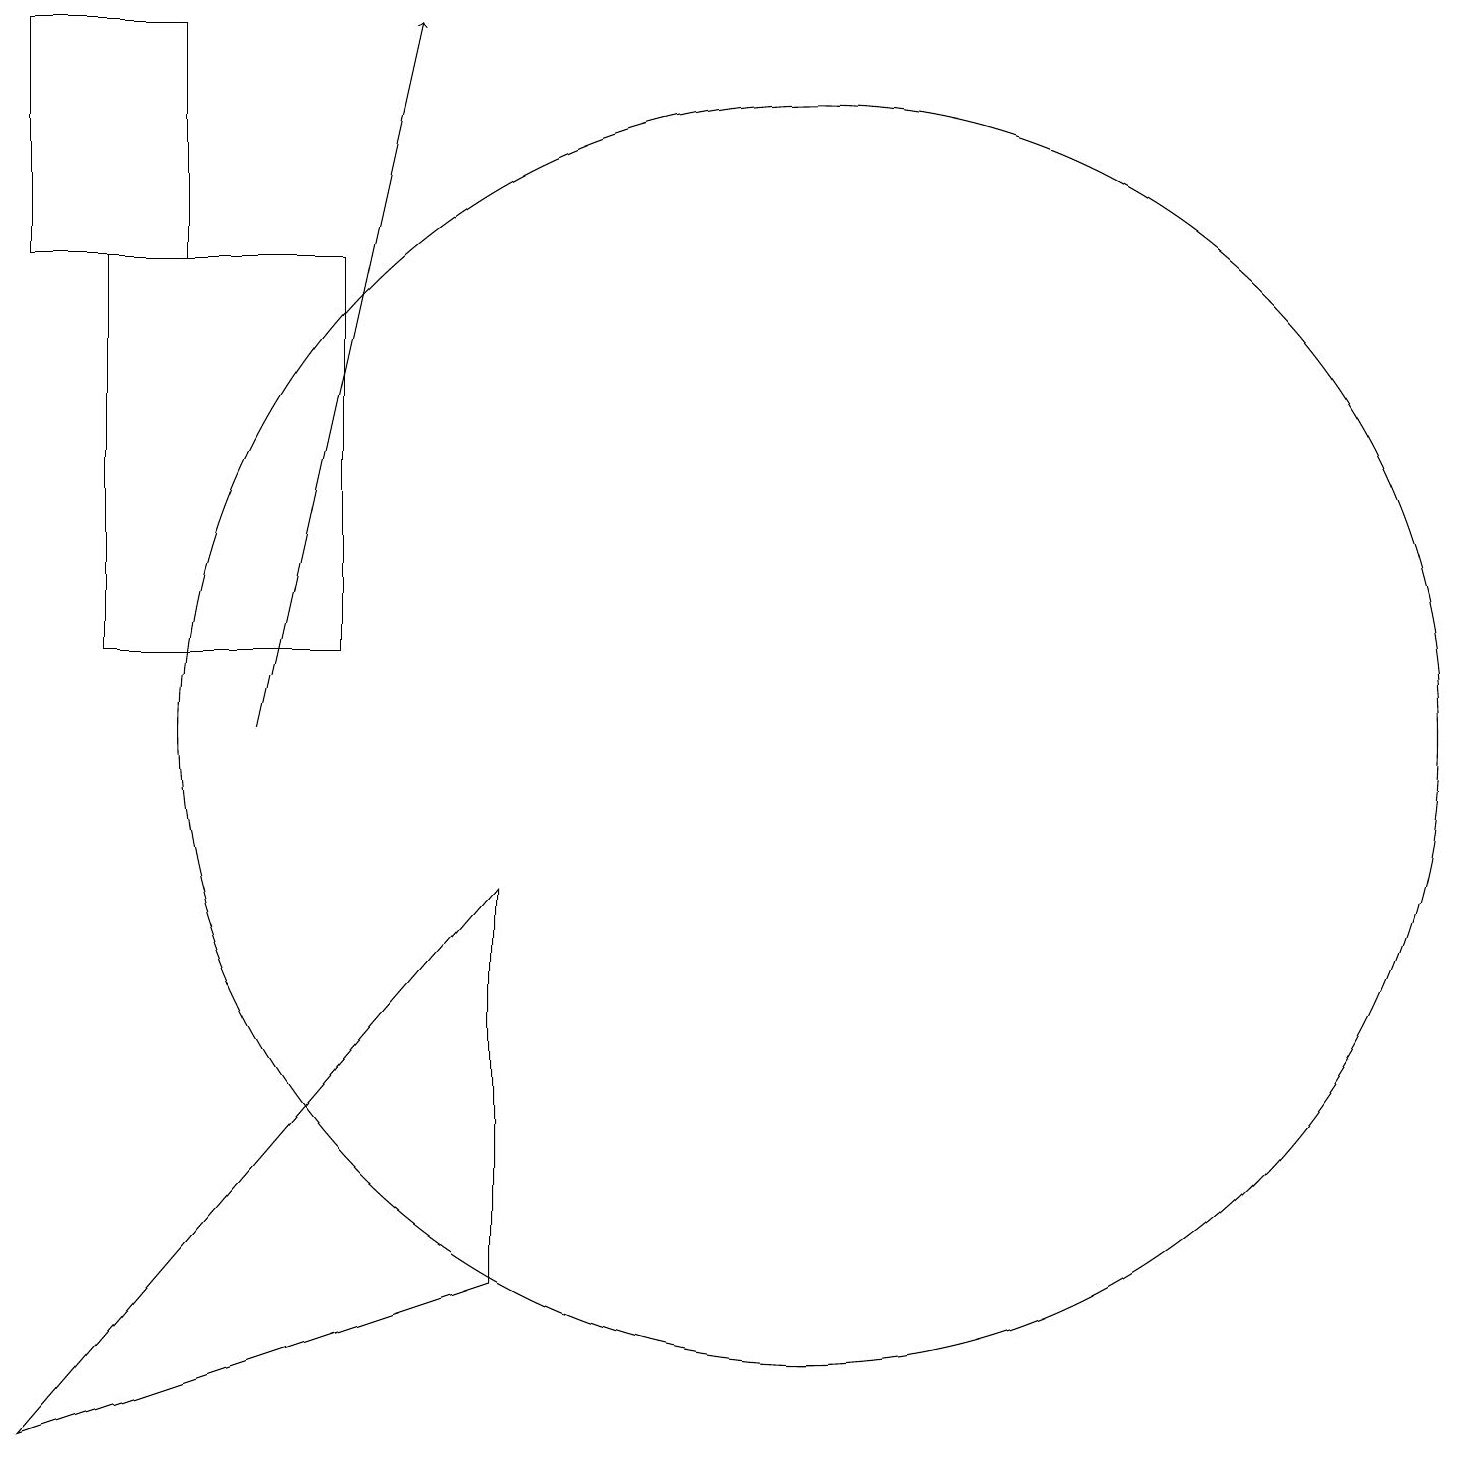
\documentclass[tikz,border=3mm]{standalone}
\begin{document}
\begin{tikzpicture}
\draw (4,19) rectangle (2,16);
\draw[->] (5,10) -- (7,19);
\draw (12,10) circle (8);
\draw (8,3) -- (2,1) -- (8,8) -- cycle;
\draw (6,11) rectangle (3,16);
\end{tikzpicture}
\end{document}